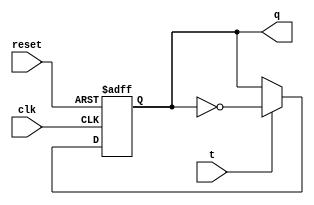
module tff1(t,clk,reset,q);
input clk,t,reset;
output q;
reg q;
always@(posedge reset or negedge clk)
begin
if(reset==1)
	q<= 0;
else
	if(t==0)
		q= q;
	else
		q= ~q;
end
endmodule